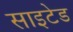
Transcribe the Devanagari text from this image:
साइटेड